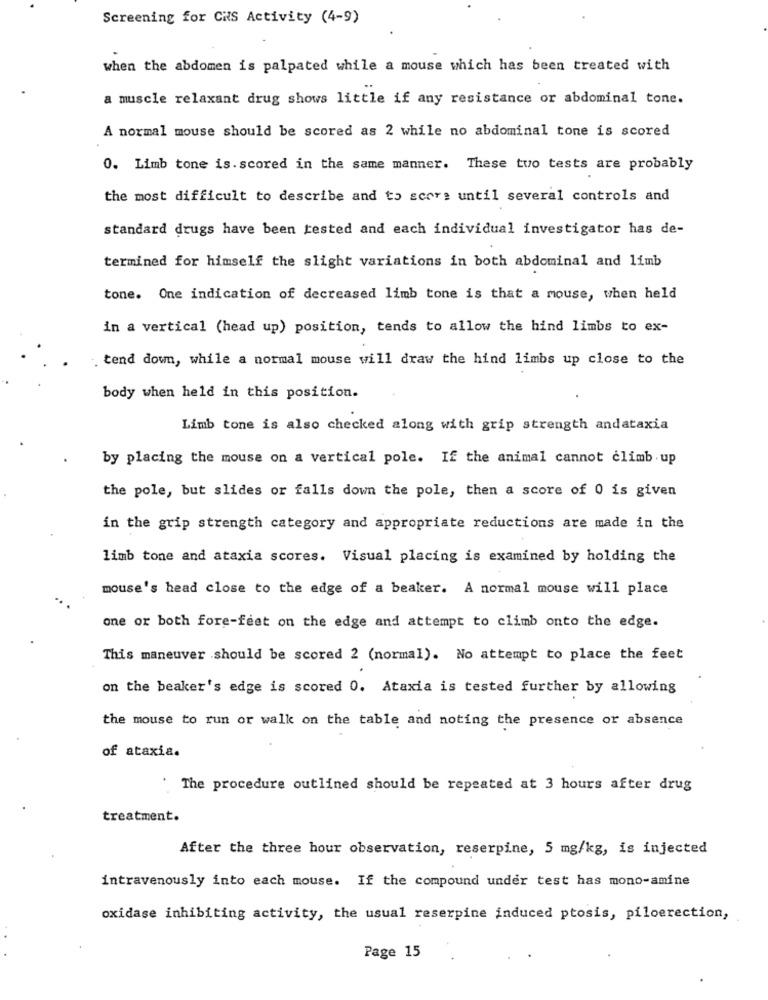
Screening for CHS Activity (4-9)
when the abdomen is palpated while a mouse which has been treated with
a muscle relaxant drug shows little if any resistance or abdominal tone.
A normal mouse should be scored as 2 while no abdominal tone is scored
0. Limb tone is. scored in the same manner. These two tests are probably
the most difficult to describe and to score until several controls and
standard drugs have been tested and each individual investigator has de-
termined for himself the slight variations in both abdominal and limb
tone. One indication of decreased limb tone is that a mouse, when held
in a vertical (head up) position, tends to allow the hind limbs to ex-
tend down, while a normal mouse will draw the hind limbs up close to the
body when held in this position.
Limb tone is also checked along with grip strength andataxia
by placing the mouse on a vertical pole. If the animal cannot climb up
the pole, but slides or falls down the pole, then a score of 0 is given
in the grip strength category and appropriate reductions are made in the
limb tone and ataxia scores. Visual placing is examined by holding the
mouse's head close to the edge of a beaker. A normal mouse will place
one or both fore-feet on the edge and attempt to climb onto the edge.
This maneuver should be scored 2 (normal). No attempt to place the feet
on the beaker's edge is scored 0. Ataxia is tested further by allowing
the mouse to run or walk on the table and noting the presence or absence
of ataxia.
" The procedure outlined should be repeated at 3 hours after drug
treatment.
After the three hour observation, reserpine, 5 mg/kg, is injected
intravenously into each mouse. If the compound under test has mono-amine
oxidase inhibiting activity, the usual reserpine induced ptosis, piloerection,
Page 15